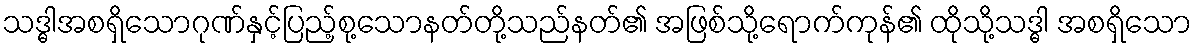
သဒ္ဓါအစရှိသောဂုဏ်နှင့်ပြည့်စု့သောနတ်တို့သည်နတ်၏ အဖြစ်သို့ရောက်ကုန်၏ ထိုသို့သဒ္ဓါ အစရှိသော